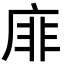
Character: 䨾